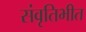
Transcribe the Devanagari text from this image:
संवृतिभीत